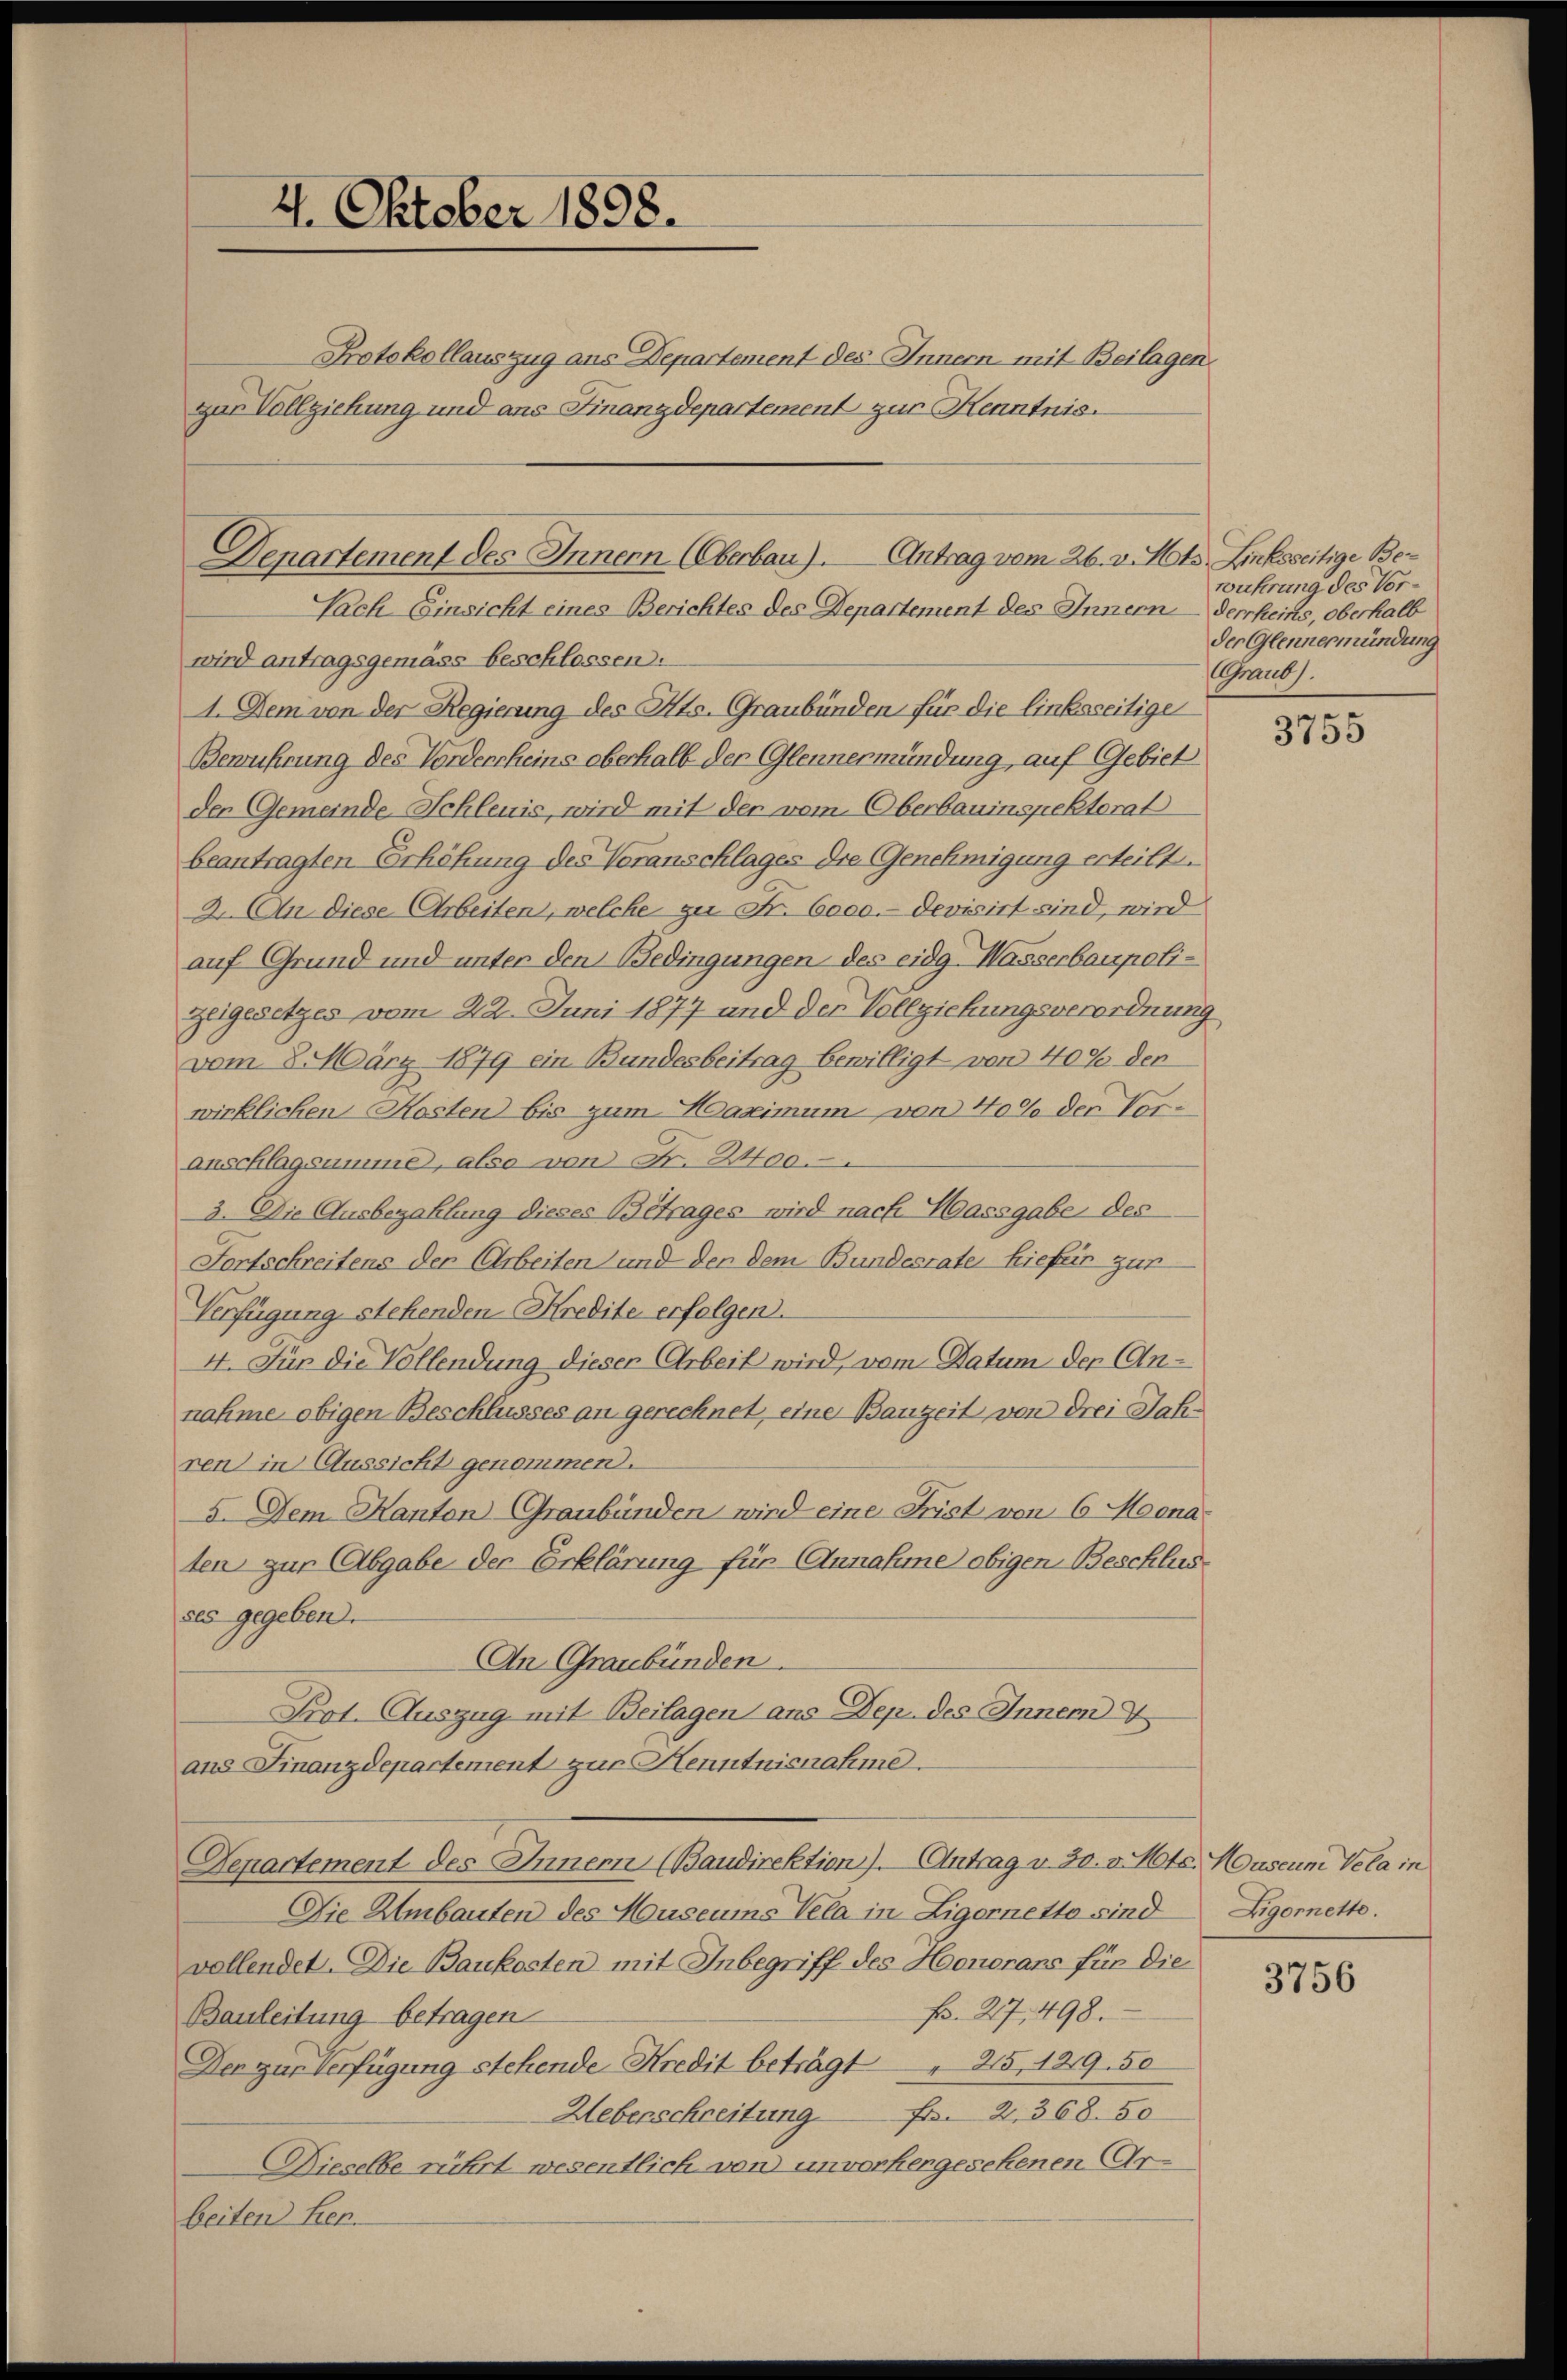
4. Oktober 1898.

Denartement des Innern (Oberbau). Antrag vom 26. v. Mts. Linksseitige Be¬
Sach Einsicht eines Berichtes des Departement des Innernderrheins, oberhalb

wird antragsgemäss beschlossen.
1. Dem von der Regierung des Kts. Graubünden für die linksseitigen
Bewuhrung des Vorderrheins oberhalb der Glennermündung auf Gebiet
den Gemeinde Schleuis, wird mit der vom Oberbauinspektorat
beantragten Erhöhung des Voranschlages die Genehmigung erteilten
2. An diese Arbeiten, welche zu Fr. 6000.- devisirt sind, wird
auf Grund und unter den Bedingungen des eidg. Wasserbaupoli¬
Zeigesetzes vom 22. Juni 1877 und der Vollziehungsverordnung
vom 8. März 1879 ein Bundesbeitrag bewilligt von 40% der
wirklichen Kosten bis zum Maximum von 40% der Voranschlagsumme, also von Fr. 2400.
3. Die Ausbezahlung dieses Betrages wird nach Massgabe des
Fortschreitens der Arbeiten und der dem Bundesrate hiefer zur
Verfügung stehenden Kredite erfolgen.
4. Für die Vollendung dieser Arbeit wird, vom Datum der Annahme obigen Beschlusses an gerechnet, eine Bauzeit von drei Jahren in Aussicht genommen.
5. Dem Kanton Graubünden wird eine Frist von 6 Mona
ten zur Abgabe der Erklärung für Annahme obigen Beschlusses gegeben.
An Graubünden.
Prot. Auszug mit Beilagen ans Dep. des Innem
ans Finanzdepartement zur Henntnisnahme
Departement des Innern (Baudirektion). Antrag v. 30. v. Mts. Museum Vela in
Die Umbauten des Museums Vela in Ligernetto sind
vollendet. Die Baukosten mit Inbegriff des Honorans für die
f. 27, 498.
Bauleitung betragen
Der zur Verfügung stehende Kredit beträgt " 215, 1819. 50
Ueberschreitung
Fr. 2. 368. 50
Dieselbe rührt wesentlich von unvorhergesehenen Arbeiten Ker.

Protokollauszug aus Departement des Innern mit Beilagen.
zur Vollziehung und aus Finanzdepartement zur Kenntnis.

wuhrung des Vorder Glennermündung
Garubs.

3755

Zigoretto.

3756